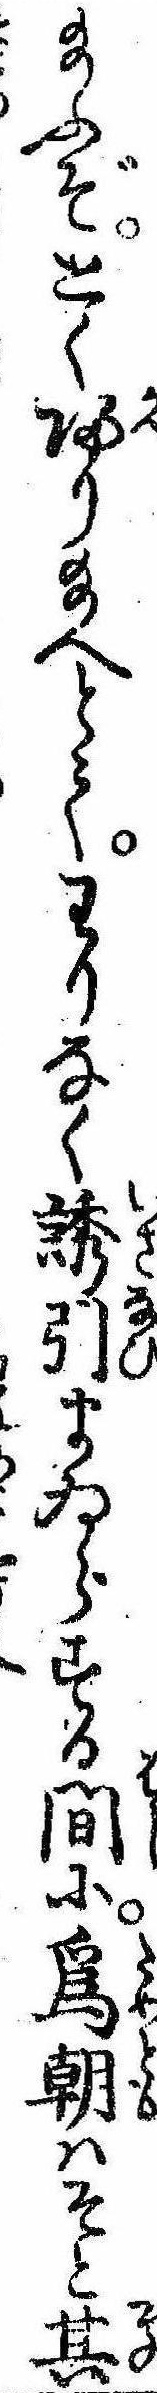
給ふぞとく帰り給へとてわりなく誘引まゐらする間に為朝はそと其